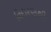
વિદારણથી